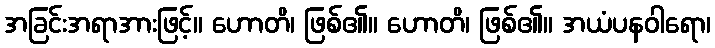
အခြင်းအရာအားဖြင့်။ ဟောတိ၊ ဖြစ်၏။ ဟောတိ၊ ဖြစ်၏။ အယံပနဝါရော၊